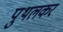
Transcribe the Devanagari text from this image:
पुथलकर